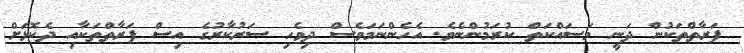
ފަރާތްތަކުން ދަނީ މަސައްކަތް ކުރަމުންނެވެ. އެހެންނަމަވެސް ދިވެހި ސަރުކާރުގެ އިސް ފަރާތްތަކާއި ދެކޮޅަށް